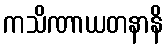
ကသိဏာယတနာနိ